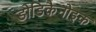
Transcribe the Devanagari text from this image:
डोडिकैनोइक